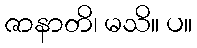
ဇာနာတိ၊ မသိ။ ပ။